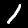
Digit: 1